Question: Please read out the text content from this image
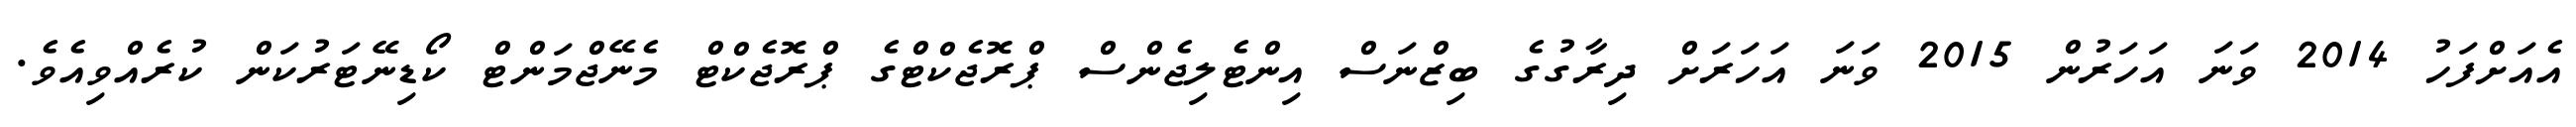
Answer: އެއަށްފަހު 2014 ވަނަ އަހަރުން 2015 ވަނަ އަހަރަށް ދިރާގުގެ ބިޒްނަސް އިންޓެލިޖެންސް ޕްރޮޖެކްޓްގެ ޕްރޮޖެކްޓް މެނޭޖްމަންޓް ކޯޑިނޭޓަރުކަން ކުރެއްވިއެވެ.